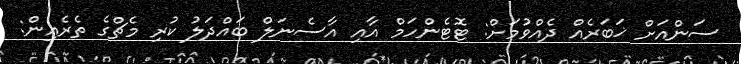
ސަންއަށް ޚަބަރެއް ދެއްވުމަށް: ޓޮޓެންހަމް އާއި އާސެނަލް ބައްދަލު ކުރި މެޗްގެ ތެރެއިން: